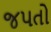
જપતો